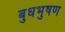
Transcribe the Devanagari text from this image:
बुधभुषण